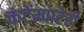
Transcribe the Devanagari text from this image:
कंटेम्पारेरी